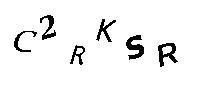
C2RKSR